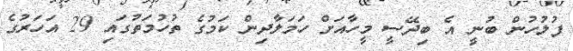
ފުލުހުން ބުނީ އެ ބިދޭސީ މީހާއަށް ހަމަލާދިން ކަމުގެ ތުހުމަތުގައި 29 އަހަރުގެ